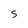
Character: s